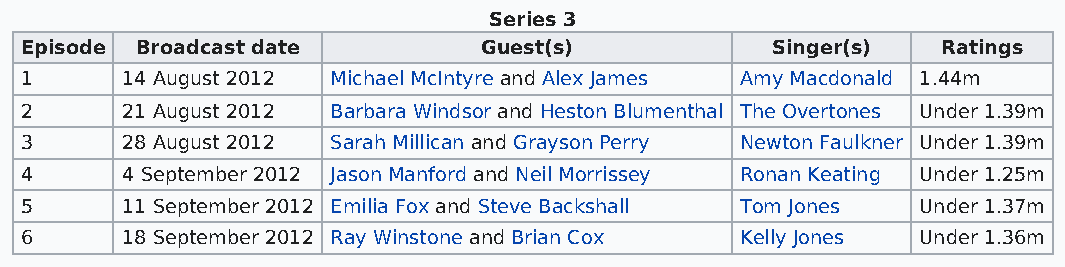
Series 3
 Episode Broadcast date         Guest(s)           Singer(s)  Ratings
 1      14 August 2012 Michael McIntyre and Alex James Amy Macdonald 1.44m
 2      21 August 2012 Barbara Windsor and Heston Blumenthal The Overtones Under 1.39m
 3      28 August 2012 Sarah Millican and Grayson Perry Newton Faulkner Under 1.39m
 4      4 September 2012 Jason Manford and Neil Morrissey Ronan Keating Under 1.25m
 5      11 September 2012 Emilia Fox and Steve Backshall Tom Jones Under 1.37m
 6      18 September 2012 Ray Winstone and Brian Cox Kelly Jones Under 1.36m